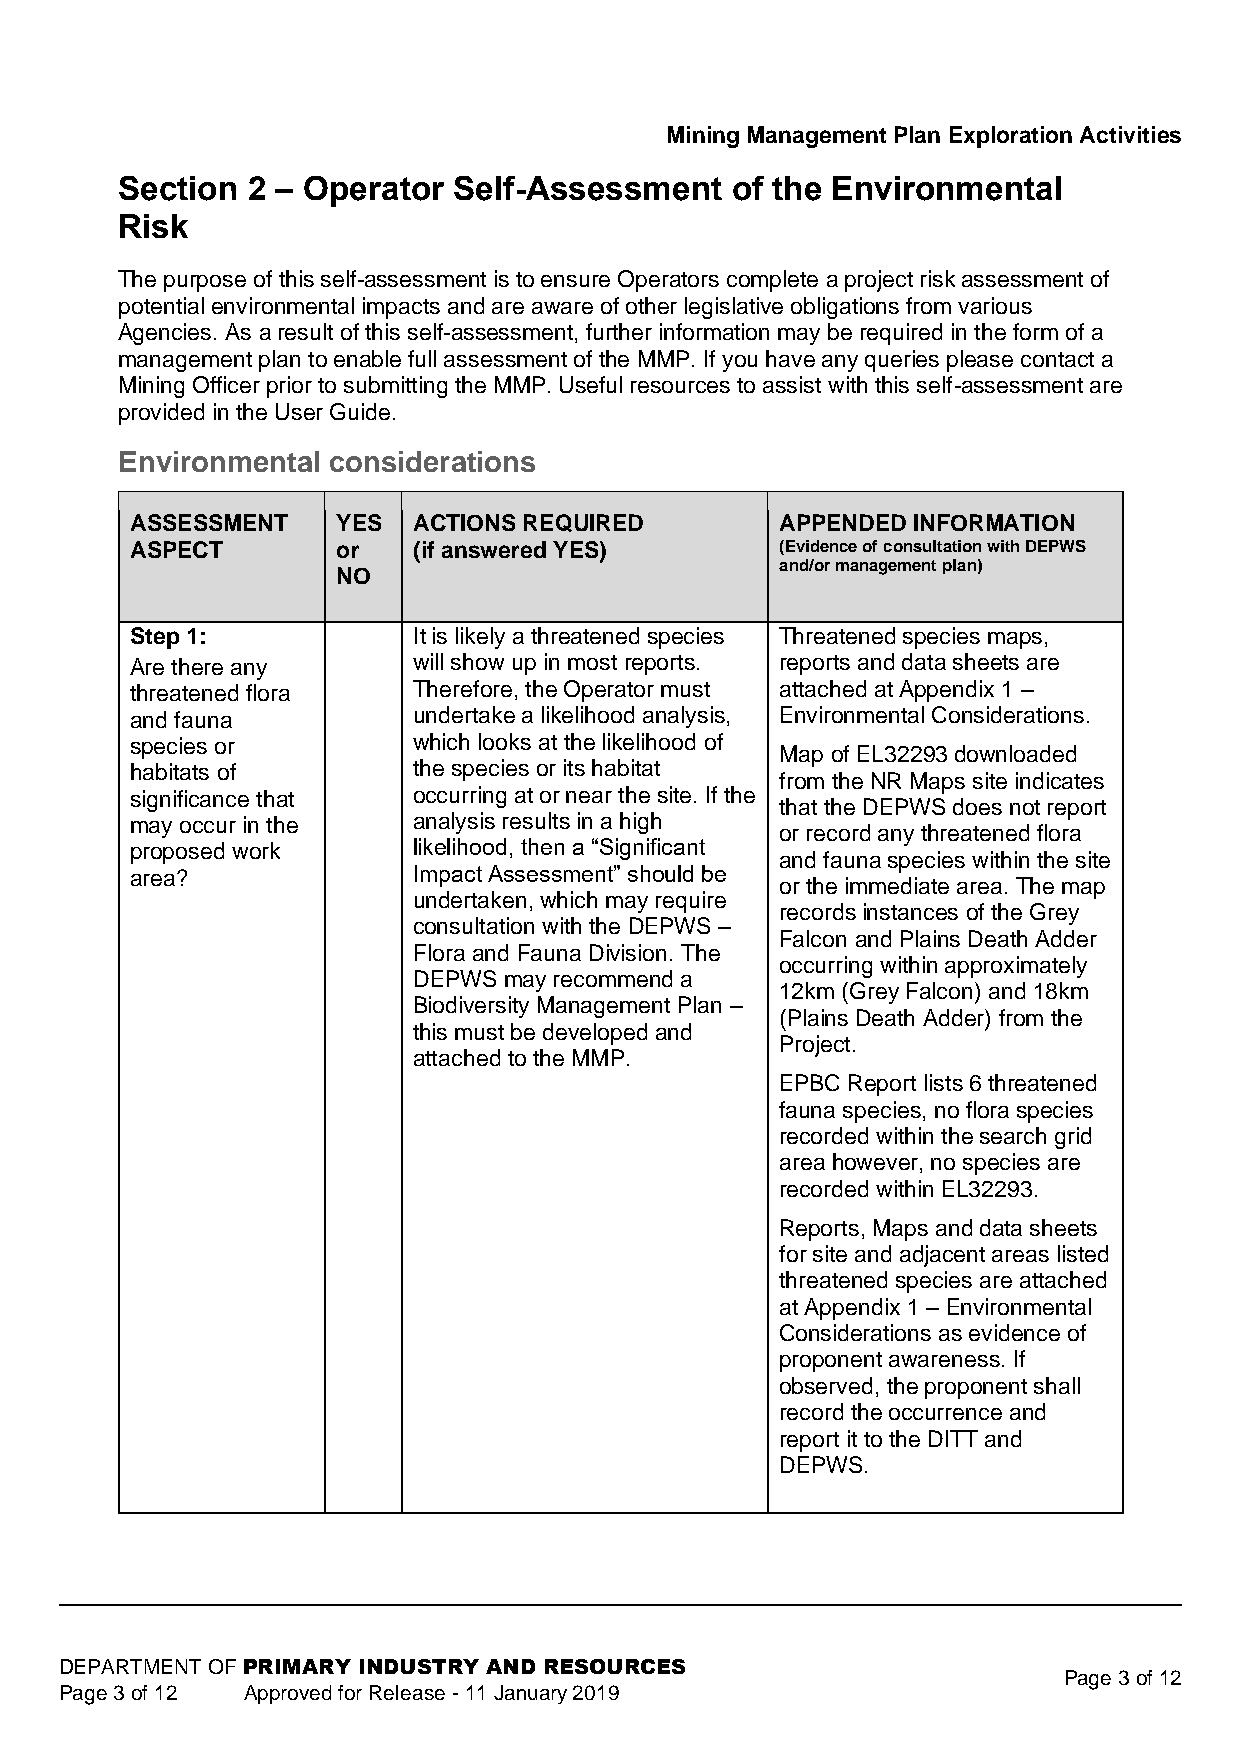
Mining Management Plan Exploration Activities
 Section 2 – Operator  Self-Assessment   of the Environmental
 Risk
 The purpose of this self-assessment is to ensure Operators complete a project risk assessment of
 potential environmental impacts and are aware of other legislative obligations from various
 Agencies. As a result of this self-assessment, further information may be required in the form of a
 management plan to enable full assessment of the MMP. If you have any queries please contact a
 Mining Officer prior to submitting the MMP. Useful resources to assist with this self-assessment are
 provided in the User Guide.
 Environmental considerations
 ASSESSMENT   YES  ACTIONS REQUIRED         APPENDED INFORMATION
 ASPECT       or   (if answered YES)        (Evidence of consultation with DEPWS
 and/or management plan)
 NO
 Step 1:           It is likely a threatened species Threatened species maps,
 Are there any     will show up in most reports. reports and data sheets are
 threatened flora  Therefore, the Operator must attached at Appendix 1 –
 and fauna         undertake a likelihood analysis, Environmental Considerations.
 species or        which looks at the likelihood of
 Map of EL32293 downloaded
 habitats of       the species or its habitat
 from the NR Maps site indicates
 significance that occurring at or near the site. If the
 that the DEPWS does not report
 may occur in the  analysis results in a high
 or record any threatened flora
 proposed work     likelihood, then a “Significant
 and fauna species within the site
 area?             Impact Assessment” should be
 or the immediate area. The map
 undertaken, which may require
 records instances of the Grey
 consultation with the DEPWS –
 Falcon and Plains Death Adder
 Flora and Fauna Division. The
 occurring within approximately
 DEPWS may recommend a
 12km (Grey Falcon) and 18km
 Biodiversity Management Plan –
 (Plains Death Adder) from the
 this must be developed and
 Project.
 attached to the MMP.
 EPBC Report lists 6 threatened
 fauna species, no flora species
 recorded within the search grid
 area however, no species are
 recorded within EL32293.
 Reports, Maps and data sheets
 for site and adjacent areas listed
 threatened species are attached
 at Appendix 1 – Environmental
 Considerations as evidence of
 proponent awareness. If
 observed, the proponent shall
 record the occurrence and
 report it to the DITT and
 DEPWS.
 DEPARTMENT OF PRIMARY INDUSTRY AND RESOURCES
 Page 3 of 12
 Page 3 of 12 Approved for Release - 11 January 2019